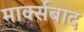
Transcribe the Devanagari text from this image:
मार्क्सबाद